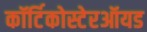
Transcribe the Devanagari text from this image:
कॉर्टिकोस्टेरऑयड